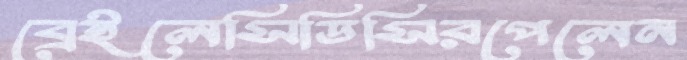
ব্রেইলেসিডিসিরপেলেন